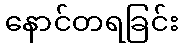
နောင်တရခြင်း